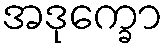
အဒုက္ခော